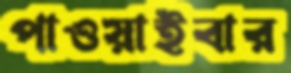
পাওয়াইবার